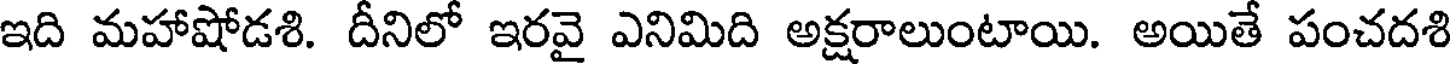
ఇది మహాషోడశి. దీనిలో ఇరవై ఎనిమిది అక్షరాలుంటాయి. అయితే పంచదశి